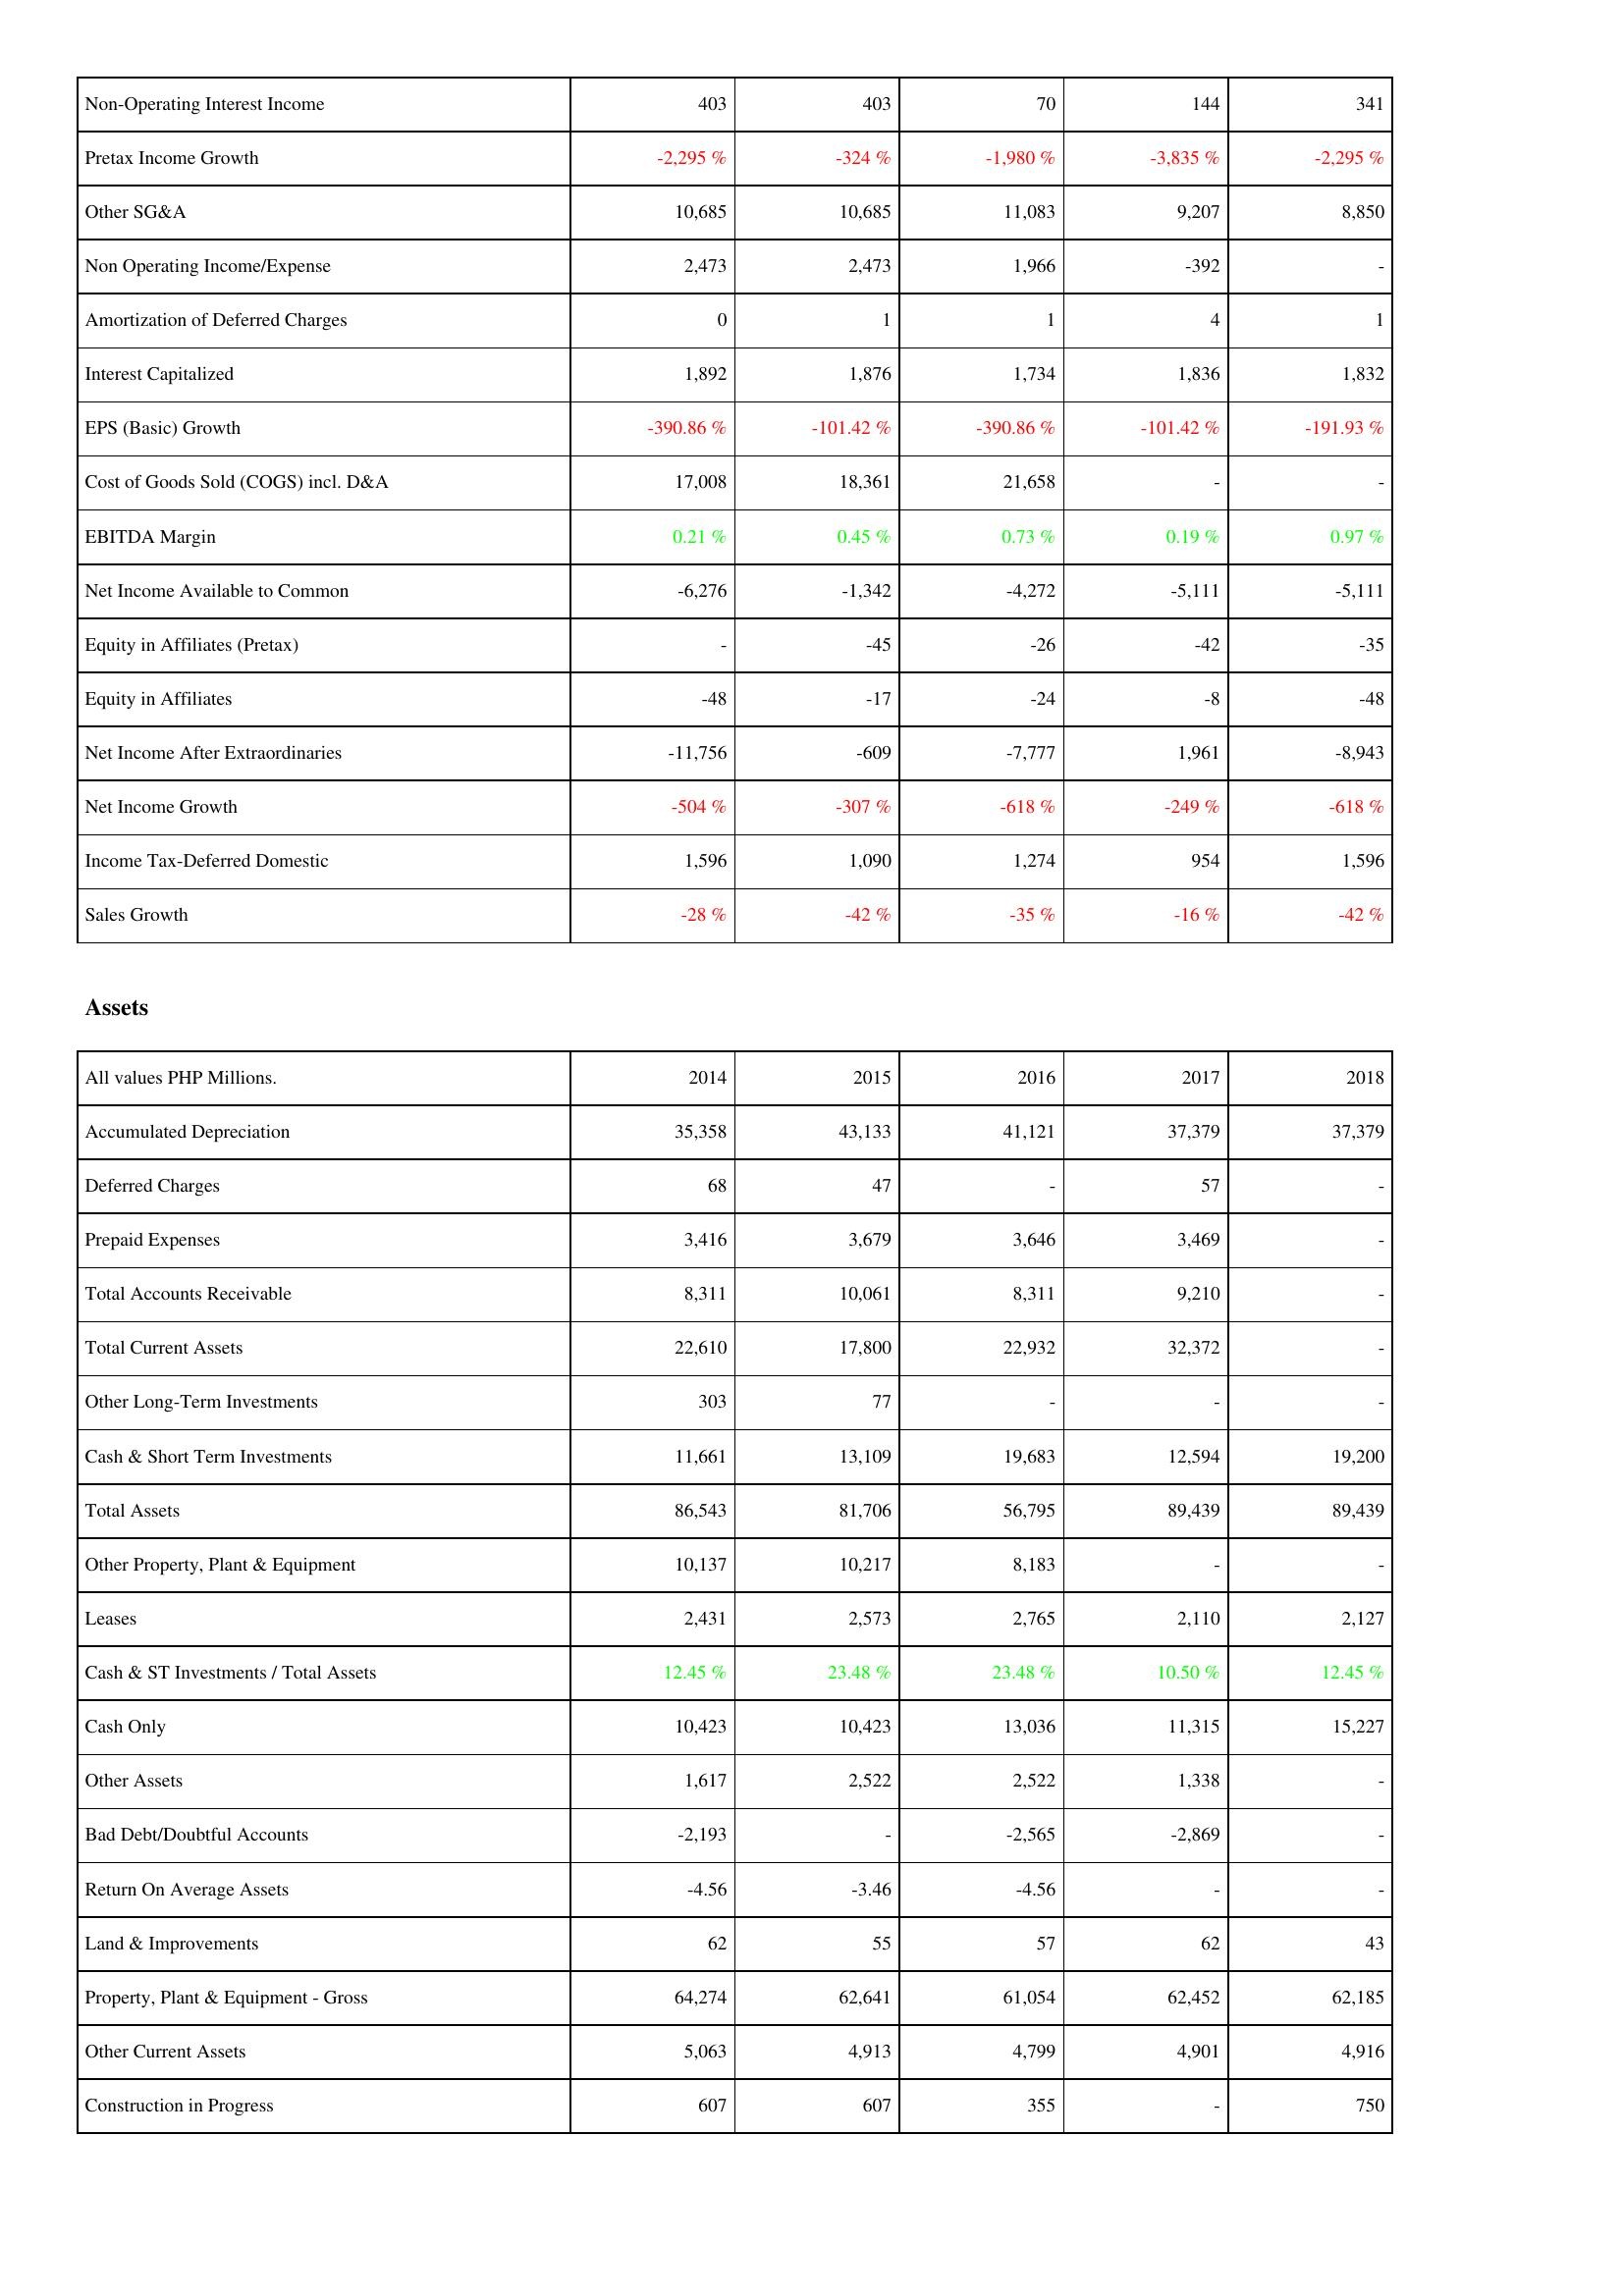
2014: Income Statement: Non-Operating Interest Income: 403
Pretax Income Growth: -2,295 %
Other SG&A: 10,685
Non Operating Income/Expense: 2,473
Amortization of Deferred Charges: 0
Interest Capitalized: 1,892
EPS (Basic) Growth: -390.86 %
Cost of Goods Sold (COGS) incl. D&A: 17,008
EBITDA Margin: 0.21 %
Net Income Available to Common: -6,276
Equity in Affiliates (Pretax): -
Equity in Affiliates: -48
Net Income After Extraordinaries: -11,756
Net Income Growth: -504 %
Income Tax-Deferred Domestic: 1,596
Sales Growth: -28 %
Assets: Accumulated Depreciation: 35,358
Deferred Charges: 68
Prepaid Expenses: 3,416
Total Accounts Receivable: 8,311
Total Current Assets: 22,610
Other Long-Term Investments: 303
Cash & Short Term Investments: 11,661
Total Assets: 86,543
Other Property, Plant & Equipment: 10,137
Leases: 2,431
Cash & ST Investments / Total Assets: 12.45 %
Cash Only: 10,423
Other Assets: 1,617
Bad Debt/Doubtful Accounts: -2,193
Return On Average Assets: -4.56
Land & Improvements: 62
Property, Plant & Equipment - Gross: 64,274
Other Current Assets: 5,063
Construction in Progress: 607
2015: Income Statement: Non-Operating Interest Income: 403
Pretax Income Growth: -324 %
Other SG&A: 10,685
Non Operating Income/Expense: 2,473
Amortization of Deferred Charges: 1
Interest Capitalized: 1,876
EPS (Basic) Growth: -101.42 %
Cost of Goods Sold (COGS) incl. D&A: 18,361
EBITDA Margin: 0.45 %
Net Income Available to Common: -1,342
Equity in Affiliates (Pretax): -45
Equity in Affiliates: -17
Net Income After Extraordinaries: -609
Net Income Growth: -307 %
Income Tax-Deferred Domestic: 1,090
Sales Growth: -42 %
Assets: Accumulated Depreciation: 43,133
Deferred Charges: 47
Prepaid Expenses: 3,679
Total Accounts Receivable: 10,061
Total Current Assets: 17,800
Other Long-Term Investments: 77
Cash & Short Term Investments: 13,109
Total Assets: 81,706
Other Property, Plant & Equipment: 10,217
Leases: 2,573
Cash & ST Investments / Total Assets: 23.48 %
Cash Only: 10,423
Other Assets: 2,522
Bad Debt/Doubtful Accounts: -
Return On Average Assets: -3.46
Land & Improvements: 55
Property, Plant & Equipment - Gross: 62,641
Other Current Assets: 4,913
Construction in Progress: 607
2016: Income Statement: Non-Operating Interest Income: 70
Pretax Income Growth: -1,980 %
Other SG&A: 11,083
Non Operating Income/Expense: 1,966
Amortization of Deferred Charges: 1
Interest Capitalized: 1,734
EPS (Basic) Growth: -390.86 %
Cost of Goods Sold (COGS) incl. D&A: 21,658
EBITDA Margin: 0.73 %
Net Income Available to Common: -4,272
Equity in Affiliates (Pretax): -26
Equity in Affiliates: -24
Net Income After Extraordinaries: -7,777
Net Income Growth: -618 %
Income Tax-Deferred Domestic: 1,274
Sales Growth: -35 %
Assets: Accumulated Depreciation: 41,121
Deferred Charges: -
Prepaid Expenses: 3,646
Total Accounts Receivable: 8,311
Total Current Assets: 22,932
Other Long-Term Investments: -
Cash & Short Term Investments: 19,683
Total Assets: 56,795
Other Property, Plant & Equipment: 8,183
Leases: 2,765
Cash & ST Investments / Total Assets: 23.48 %
Cash Only: 13,036
Other Assets: 2,522
Bad Debt/Doubtful Accounts: -2,565
Return On Average Assets: -4.56
Land & Improvements: 57
Property, Plant & Equipment - Gross: 61,054
Other Current Assets: 4,799
Construction in Progress: 355
2017: Income Statement: Non-Operating Interest Income: 144
Pretax Income Growth: -3,835 %
Other SG&A: 9,207
Non Operating Income/Expense: -392
Amortization of Deferred Charges: 4
Interest Capitalized: 1,836
EPS (Basic) Growth: -101.42 %
Cost of Goods Sold (COGS) incl. D&A: -
EBITDA Margin: 0.19 %
Net Income Available to Common: -5,111
Equity in Affiliates (Pretax): -42
Equity in Affiliates: -8
Net Income After Extraordinaries: 1,961
Net Income Growth: -249 %
Income Tax-Deferred Domestic: 954
Sales Growth: -16 %
Assets: Accumulated Depreciation: 37,379
Deferred Charges: 57
Prepaid Expenses: 3,469
Total Accounts Receivable: 9,210
Total Current Assets: 32,372
Other Long-Term Investments: -
Cash & Short Term Investments: 12,594
Total Assets: 89,439
Other Property, Plant & Equipment: -
Leases: 2,110
Cash & ST Investments / Total Assets: 10.50 %
Cash Only: 11,315
Other Assets: 1,338
Bad Debt/Doubtful Accounts: -2,869
Return On Average Assets: -
Land & Improvements: 62
Property, Plant & Equipment - Gross: 62,452
Other Current Assets: 4,901
Construction in Progress: -
2018: Income Statement: Non-Operating Interest Income: 341
Pretax Income Growth: -2,295 %
Other SG&A: 8,850
Non Operating Income/Expense: -
Amortization of Deferred Charges: 1
Interest Capitalized: 1,832
EPS (Basic) Growth: -191.93 %
Cost of Goods Sold (COGS) incl. D&A: -
EBITDA Margin: 0.97 %
Net Income Available to Common: -5,111
Equity in Affiliates (Pretax): -35
Equity in Affiliates: -48
Net Income After Extraordinaries: -8,943
Net Income Growth: -618 %
Income Tax-Deferred Domestic: 1,596
Sales Growth: -42 %
Assets: Accumulated Depreciation: 37,379
Deferred Charges: -
Prepaid Expenses: -
Total Accounts Receivable: -
Total Current Assets: -
Other Long-Term Investments: -
Cash & Short Term Investments: 19,200
Total Assets: 89,439
Other Property, Plant & Equipment: -
Leases: 2,127
Cash & ST Investments / Total Assets: 12.45 %
Cash Only: 15,227
Other Assets: -
Bad Debt/Doubtful Accounts: -
Return On Average Assets: -
Land & Improvements: 43
Property, Plant & Equipment - Gross: 62,185
Other Current Assets: 4,916
Construction in Progress: 750